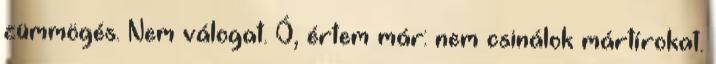
zümmögés. Nem válogat. Ó, értem már: nem csinálok mártírokat.